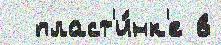
  пласт'и́нк'е в